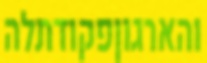
והארגוןפקודתלה